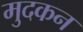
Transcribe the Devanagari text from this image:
मुदकन